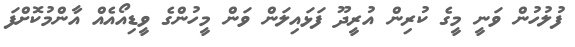
ފުލުހުން ވަނީ މީގެ ކުރިން އުރީދޫ ފަޅައިލަން ވަން މީހުންގެ ވީޑިއޯއެއް އާންމުކޮށްފަ